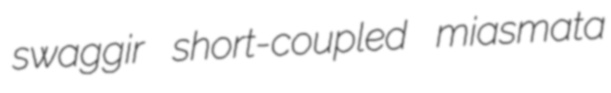
swaggir short-coupled miasmata